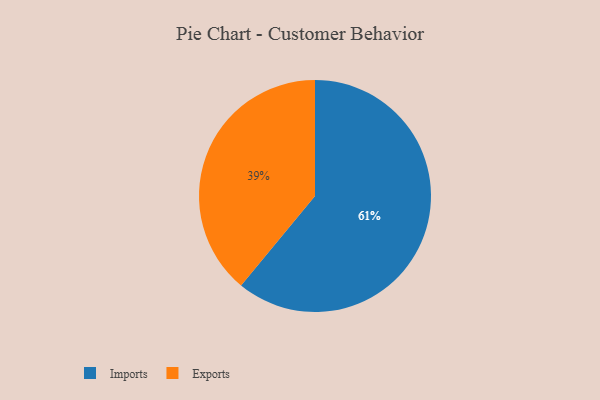
{"axis": {"x": "Category", "y": "Percentage"}, "legend": ["Exports", "Imports"], "data": [{"x": "Exports", "y": 39, "type": "Exports"}, {"x": "Imports", "y": 61, "type": "Imports"}]}